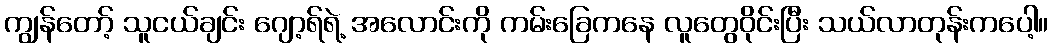
ကျွန်တော့် သူငယ်ချင်း ဂျော့ရ်ရဲ့ အလောင်းကို ကမ်းခြေကနေ လူတွေဝိုင်းပြီး သယ်လာတုန်းကပေါ့။